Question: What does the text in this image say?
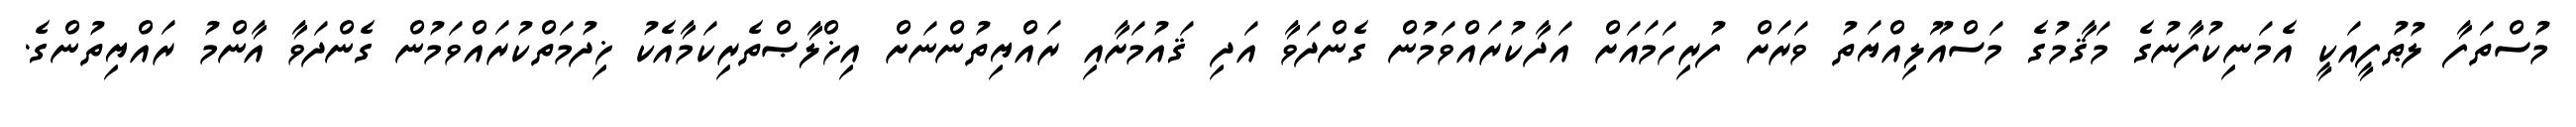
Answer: މުސްތަފާ ލުޠުފީއަކީ އެމަނިކުފާނުގެ މަޤާމުގެ މަސްއޫލިއްޔަތު ވަރަށް ފުރިހަމައަށް އަދާކުރައްވަމުން ގެންދަވާ އަދި ޤައުމަށާއި ރައްޔިތުންނަށް އިޚްލާޞްތެރިކަމާއެކު ޚިދުމަތްކުރައްވަމުން ގެންދަވާ އާންމު ރައްޔިތުންގެ.